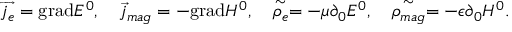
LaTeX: \overrightarrow { j _ { e } } = \mathrm { g r a d } E ^ { 0 } , \quad \overrightarrow { j } _ { m a g } = - \mathrm { g r a d } H ^ { 0 } , \quad \stackrel { \sim } { \rho _ { e } } = - \mu \partial _ { 0 } E ^ { 0 } , \quad \stackrel { \sim } { \rho _ { m a g } } = - \epsilon \partial _ { 0 } H ^ { 0 } .